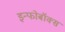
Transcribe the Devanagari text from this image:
इन्फोबॉक्स